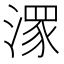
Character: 潈